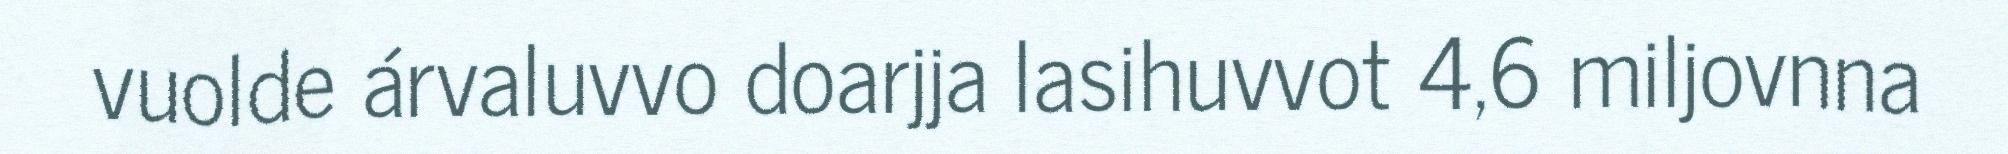
vuolde árvaluvvo doarjja lasihuvvot 4,6 miljovnna